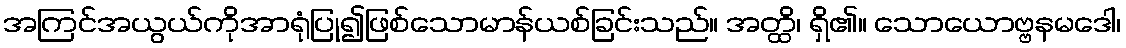
အကြင်အယွယ်ကိုအာရုံပြု၍ဖြစ်သောမာန်ယစ်ခြင်းသည်။ အတ္ထိ၊ ရှိ၏။ သောယောဗ္ဗနမဒေါ၊